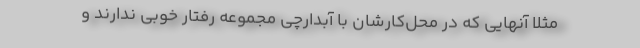
مثلا آنهایی که در محل‌کارشان با آبدارچی مجموعه رفتار خوبی ندارند و